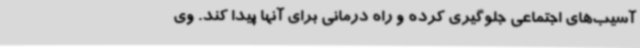
آسیب‌های اجتماعی جلوگیری کرده و راه‌ درمانی برای آنها پیدا کند. وی